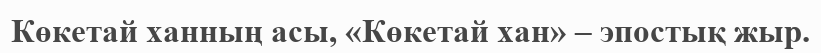
Көкетай ханның асы, «Көкетай хан» – эпостық жыр.